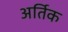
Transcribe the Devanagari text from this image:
अर्तिक